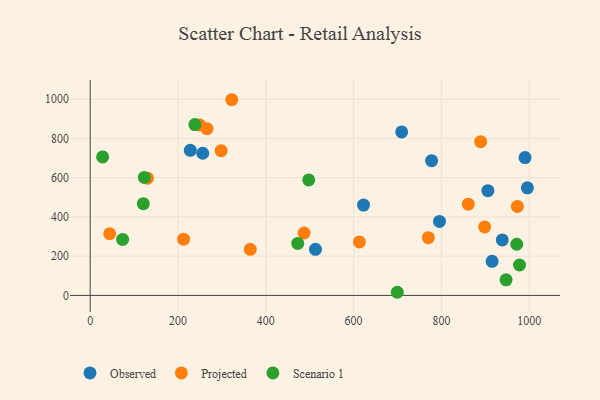
{"axis": {"x": "Speed", "y": "Yield"}, "legend": ["Observed", "Projected", "Scenario 1"], "data": [{"x": "228.0", "y": 739.5, "type": "Observed"}, {"x": "938.6", "y": 282.7, "type": "Observed"}, {"x": "256.3", "y": 724.6, "type": "Observed"}, {"x": "622.5", "y": 460.5, "type": "Observed"}, {"x": "795.6", "y": 377.3, "type": "Observed"}, {"x": "915.4", "y": 173.6, "type": "Observed"}, {"x": "990.5", "y": 702.5, "type": "Observed"}, {"x": "905.8", "y": 533.8, "type": "Observed"}, {"x": "709.5", "y": 833.5, "type": "Observed"}, {"x": "777.6", "y": 686.9, "type": "Observed"}, {"x": "513.1", "y": 234.8, "type": "Observed"}, {"x": "995.8", "y": 548.3, "type": "Observed"}, {"x": "249.5", "y": 868.5, "type": "Projected"}, {"x": "861.2", "y": 465.1, "type": "Projected"}, {"x": "613.2", "y": 272.4, "type": "Projected"}, {"x": "364.6", "y": 235.1, "type": "Projected"}, {"x": "487.2", "y": 318.0, "type": "Projected"}, {"x": "898.5", "y": 349.1, "type": "Projected"}, {"x": "322.4", "y": 997.4, "type": "Projected"}, {"x": "130.5", "y": 597.6, "type": "Projected"}, {"x": "212.8", "y": 286.6, "type": "Projected"}, {"x": "889.3", "y": 783.7, "type": "Projected"}, {"x": "44.4", "y": 314.3, "type": "Projected"}, {"x": "770.2", "y": 294.4, "type": "Projected"}, {"x": "973.0", "y": 453.6, "type": "Projected"}, {"x": "266.0", "y": 849.7, "type": "Projected"}, {"x": "298.3", "y": 737.5, "type": "Projected"}, {"x": "472.7", "y": 265.1, "type": "Scenario 1"}, {"x": "977.9", "y": 154.9, "type": "Scenario 1"}, {"x": "971.6", "y": 260.7, "type": "Scenario 1"}, {"x": "121.0", "y": 467.8, "type": "Scenario 1"}, {"x": "28.3", "y": 705.9, "type": "Scenario 1"}, {"x": "497.8", "y": 588.8, "type": "Scenario 1"}, {"x": "123.3", "y": 601.6, "type": "Scenario 1"}, {"x": "947.3", "y": 79.4, "type": "Scenario 1"}, {"x": "699.5", "y": 16.0, "type": "Scenario 1"}, {"x": "73.8", "y": 285.4, "type": "Scenario 1"}, {"x": "238.5", "y": 870.9, "type": "Scenario 1"}]}